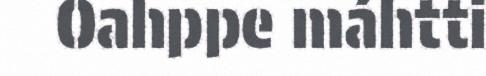
Oahppe máhtti